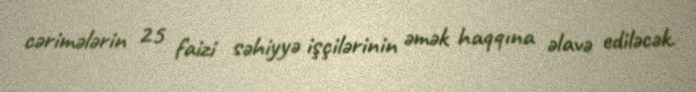
cərimələrin 25 faizi səhiyyə işçilərinin əmək haqqına əlavə ediləcək.